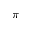
\pi